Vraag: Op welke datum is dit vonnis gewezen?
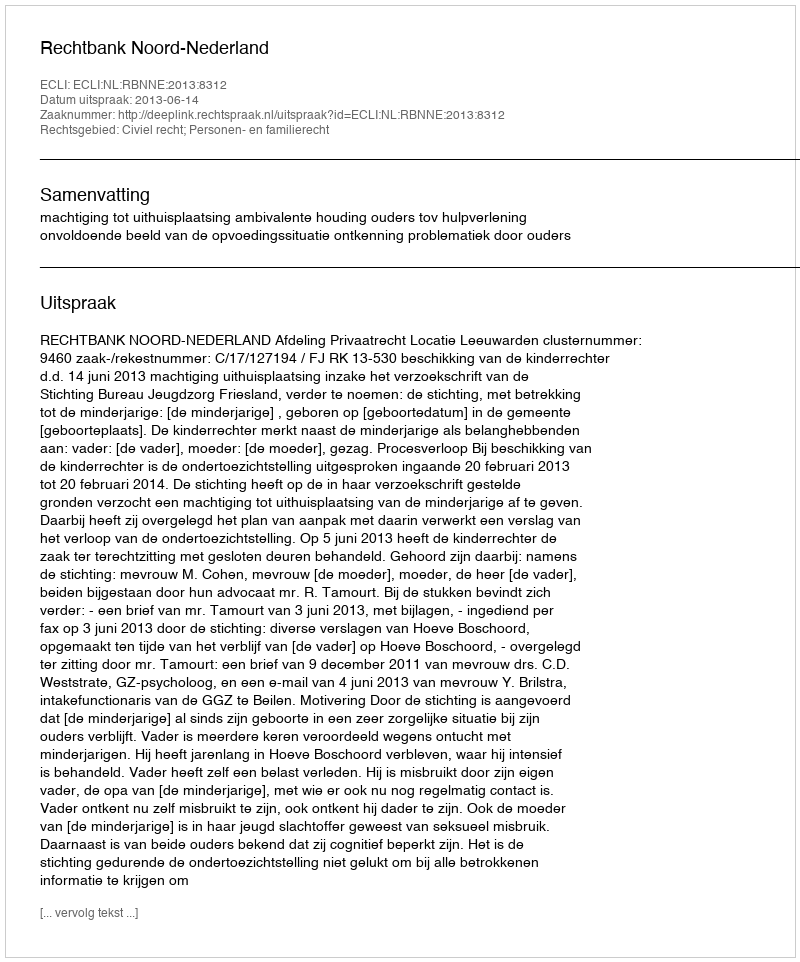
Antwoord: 2013-06-14